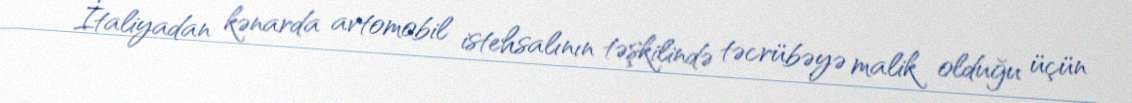
İtaliyadan kənarda avtomobil istehsalının təşkilində təcrübəyə malik olduğu üçün